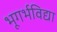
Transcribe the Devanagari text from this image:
भूगर्भविद्या